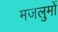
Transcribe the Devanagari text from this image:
मजलुमों